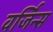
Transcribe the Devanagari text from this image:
वर्जिन्स